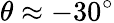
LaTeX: \theta\approx-30^{\circ}